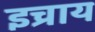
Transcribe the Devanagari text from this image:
इच्राय